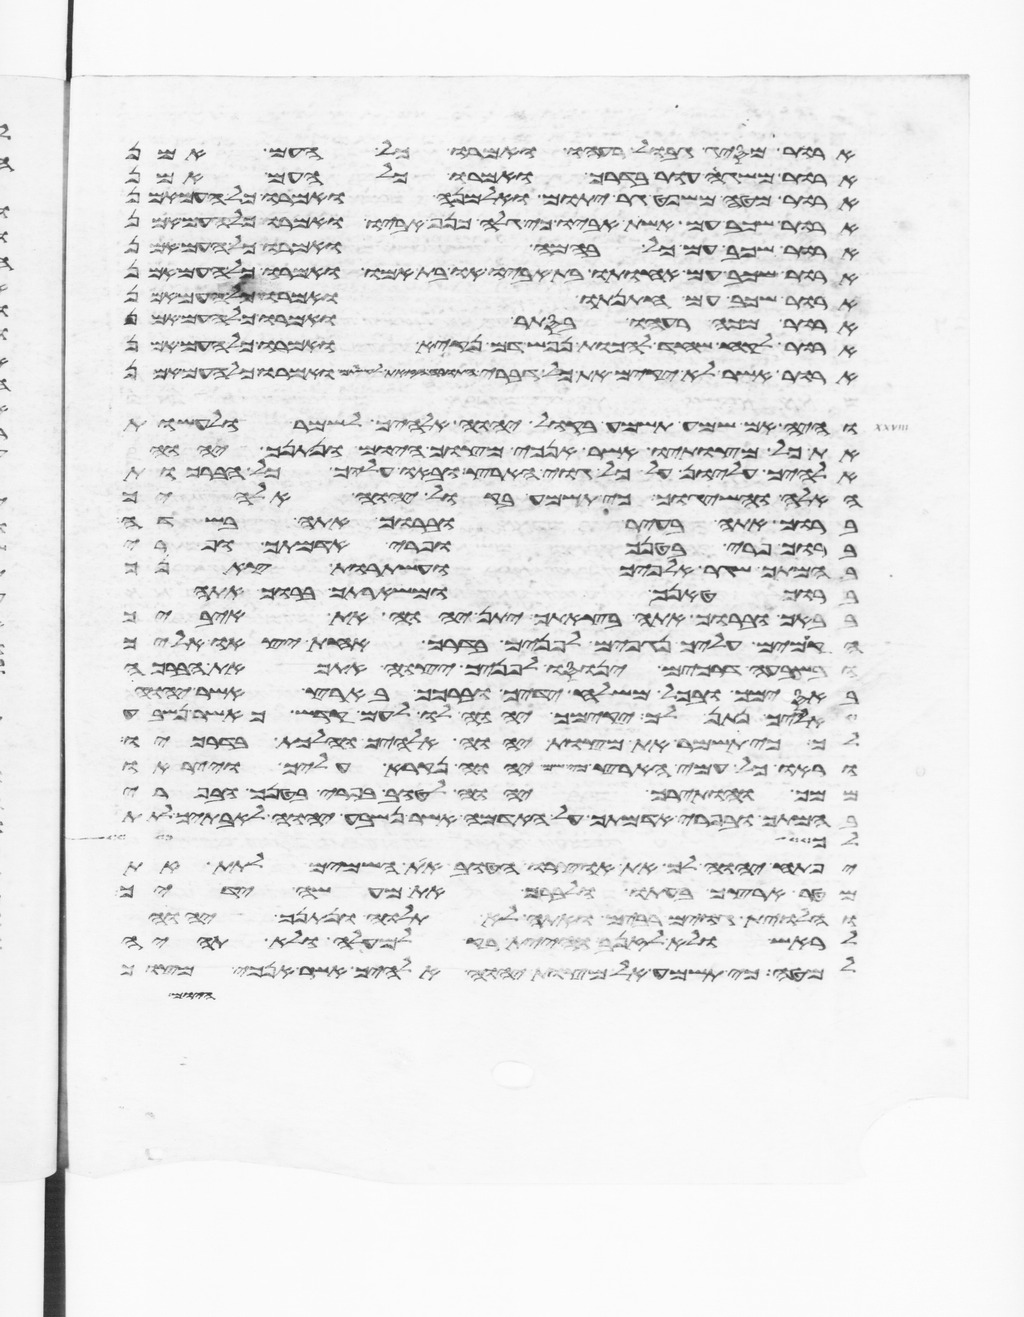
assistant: ארור מסיג גבול רעהו ואמרו כל העם אמן
ארור משגה עור בדרך ואמרו כל העם אמן
ארור מטה משפט גר יתום ואלמנה ואמרו כל העם אמן
ארור שכב עם אשת אביו כי גלה כנף אביו ואמרו כל העם אמן
ארור שכב עם כל בהמה ואמרו כל העם אמן
ארור שכב עם אחותו בת אביו או בת אמו ואמרו כל העם אמן
ארור שכב עם חתנתו ואמרו כל העם אמן
ארור מכה רעהו בסתר ואמרו כל העם אמן
ארור לקח שחד להכות נפש דם נקיא ואמרו כל העם אמן
ארור אשר לא יקים את כל דברי התורה הזאת לעשותם ואמרו כל העם אמן
והיה אם שמע תשמע בקול יהוה אלהיך לשמר לעשות
את כל מצותיו אשר אנכי מצוך היום ונתנך יהוה
אלהיך עליון על כל גוי הארץ ובאו עליך כל הברכות
האלה והשיגוך כי תשמע בקול יהוה אלהיך
ברוך אתה בעיר וברוך אתה בשדה
ברוך פרי בטנך ופרי אדמתך ופרי
בהמתך שגר אלפיך ועשתרות
ברוך טנאך ומשארתך ברוך אתה
בבאך וברוך אתה בצאתך יתן יהוה את איביך
הקמים עליך נגפים לפניך בדרך אחת יצאו אליך
ובשבעה דרכים ינוסו לפניך יצוה יהוה אתך את הברכה
באסימך ובכל משלח ידיך וברכך בארץ אשר יהוה
אלהיך נתן לך יקימך יהוה לו לעם קדש כאשר נשבע
לך כי תשמר את מצות יהוה אלהיך והלכת בדרכיו
וראו כל עמי הארץ כי שם יהוה נקרא עליך וייראו
ממך והותירך יהוה לטוב בפרי בטנך ובפרי
בהמתך ובפרי אדמתך על האדמה אשר נשבע יהוה לאבתיך לתת
כן ישלח
יפתח יהוה לך את אוצרו הטוב את השמים לתת את
מטר ארצך בעתו לברך את כל מעשה ידיך
והלוית גוים רבים ואתה לא תלוה ונתנך יהוה
לראש ולא לזנב והיית רק למעלה ולא תהיה
למטה כי תשמע אל מצות יהוה אלהיך אשר אנכי מצוך
היום